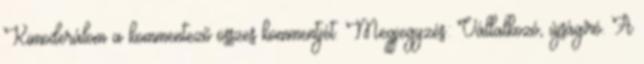
Kimoderálom a kommentező összes kommentjét. Megjegyzés: Vállalkozó, újságíró. A